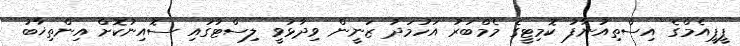
ޕީޕީއެމްގެ އިސްތިއުނާފު ކޮމިޓީގެ މެމްބަރު އަހުމަދު ޒަނީން ވިދާޅުވީ ލިސްޓުގައި ސޮއިނުކޮށް އިންތިޚާބު